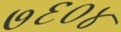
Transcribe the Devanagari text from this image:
७६०४